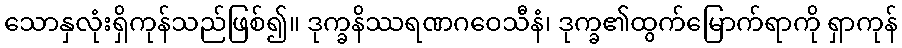
သောနှလုံးရှိကုန်သည်ဖြစ်၍။ ဒုက္ခနိဿရဏဂဝေသီနံ၊ ဒုက္ခ၏ထွက်မြောက်ရာကို ရှာကုန်